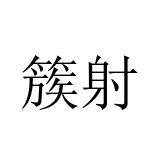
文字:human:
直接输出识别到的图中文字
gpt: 簇射